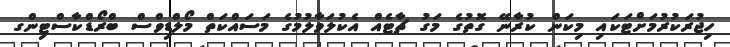
ހިޖުރަކުރުމަށްޓަކައި މިކަން ކުރާނޭ ގޮތުގެ މަގު ޗާޓެއް އެކުލަވާލުމުގެ މަސައްކަތް މޯލްޑިވްސް ބްރޯޑްކާސްޓިންގ